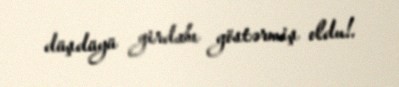
düşdüyü girdabı göstərmiş oldu!.